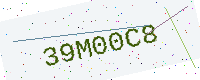
Text: 39M00C8